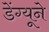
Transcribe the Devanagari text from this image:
डेंग्यूने